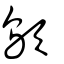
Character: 歍